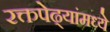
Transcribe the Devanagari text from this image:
रक्तपेढ्यांमध्ये